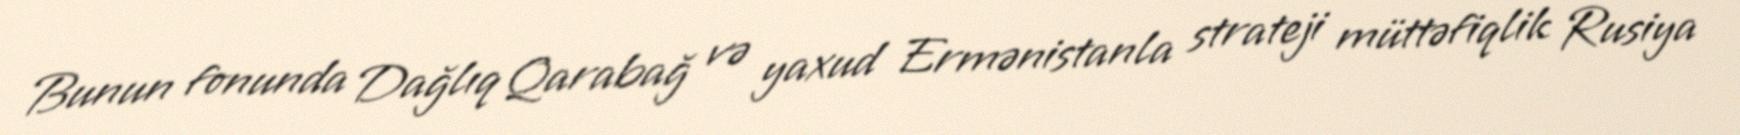
Bunun fonunda Dağlıq Qarabağ və yaxud Ermənistanla strateji müttəfiqlik Rusiya